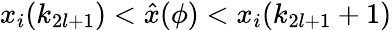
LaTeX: x_{i}(k_{2l+1})<\hat{x}(\phi)<x_{i}(k_{2l+1}+1)